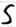
Text: S